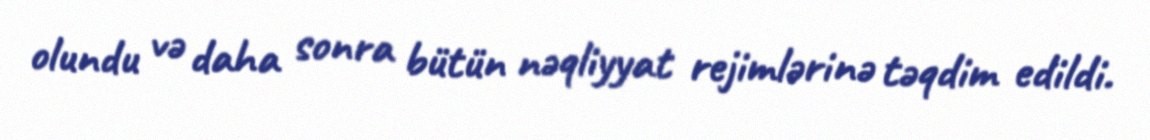
olundu və daha sonra bütün nəqliyyat rejimlərinə təqdim edildi.